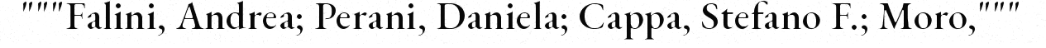
"""Falini, Andrea; Perani, Daniela; Cappa, Stefano F.; Moro,"""